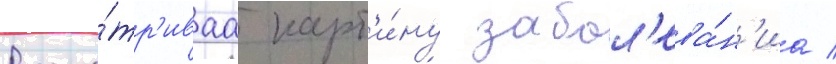
Рассма́тр'иваа карт'и́ну забол'ева́н'иа /